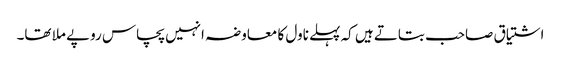
اشتیاق صاحب بتاتے ہیں کہ پہلے ناول کا معاوضہ انہیں پچاس روپے ملا تھا۔